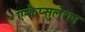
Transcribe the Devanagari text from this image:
एन्कैप्सुलेशन